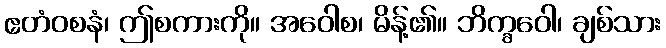
ဧတံဝစနံ၊ ဤစကားကို။ အဝေါစ၊ မိန့်၏။ ဘိက္ခဝေါ၊ ချစ်သား